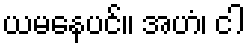
ယမနေပင်။ အဟံ၊ ငါ